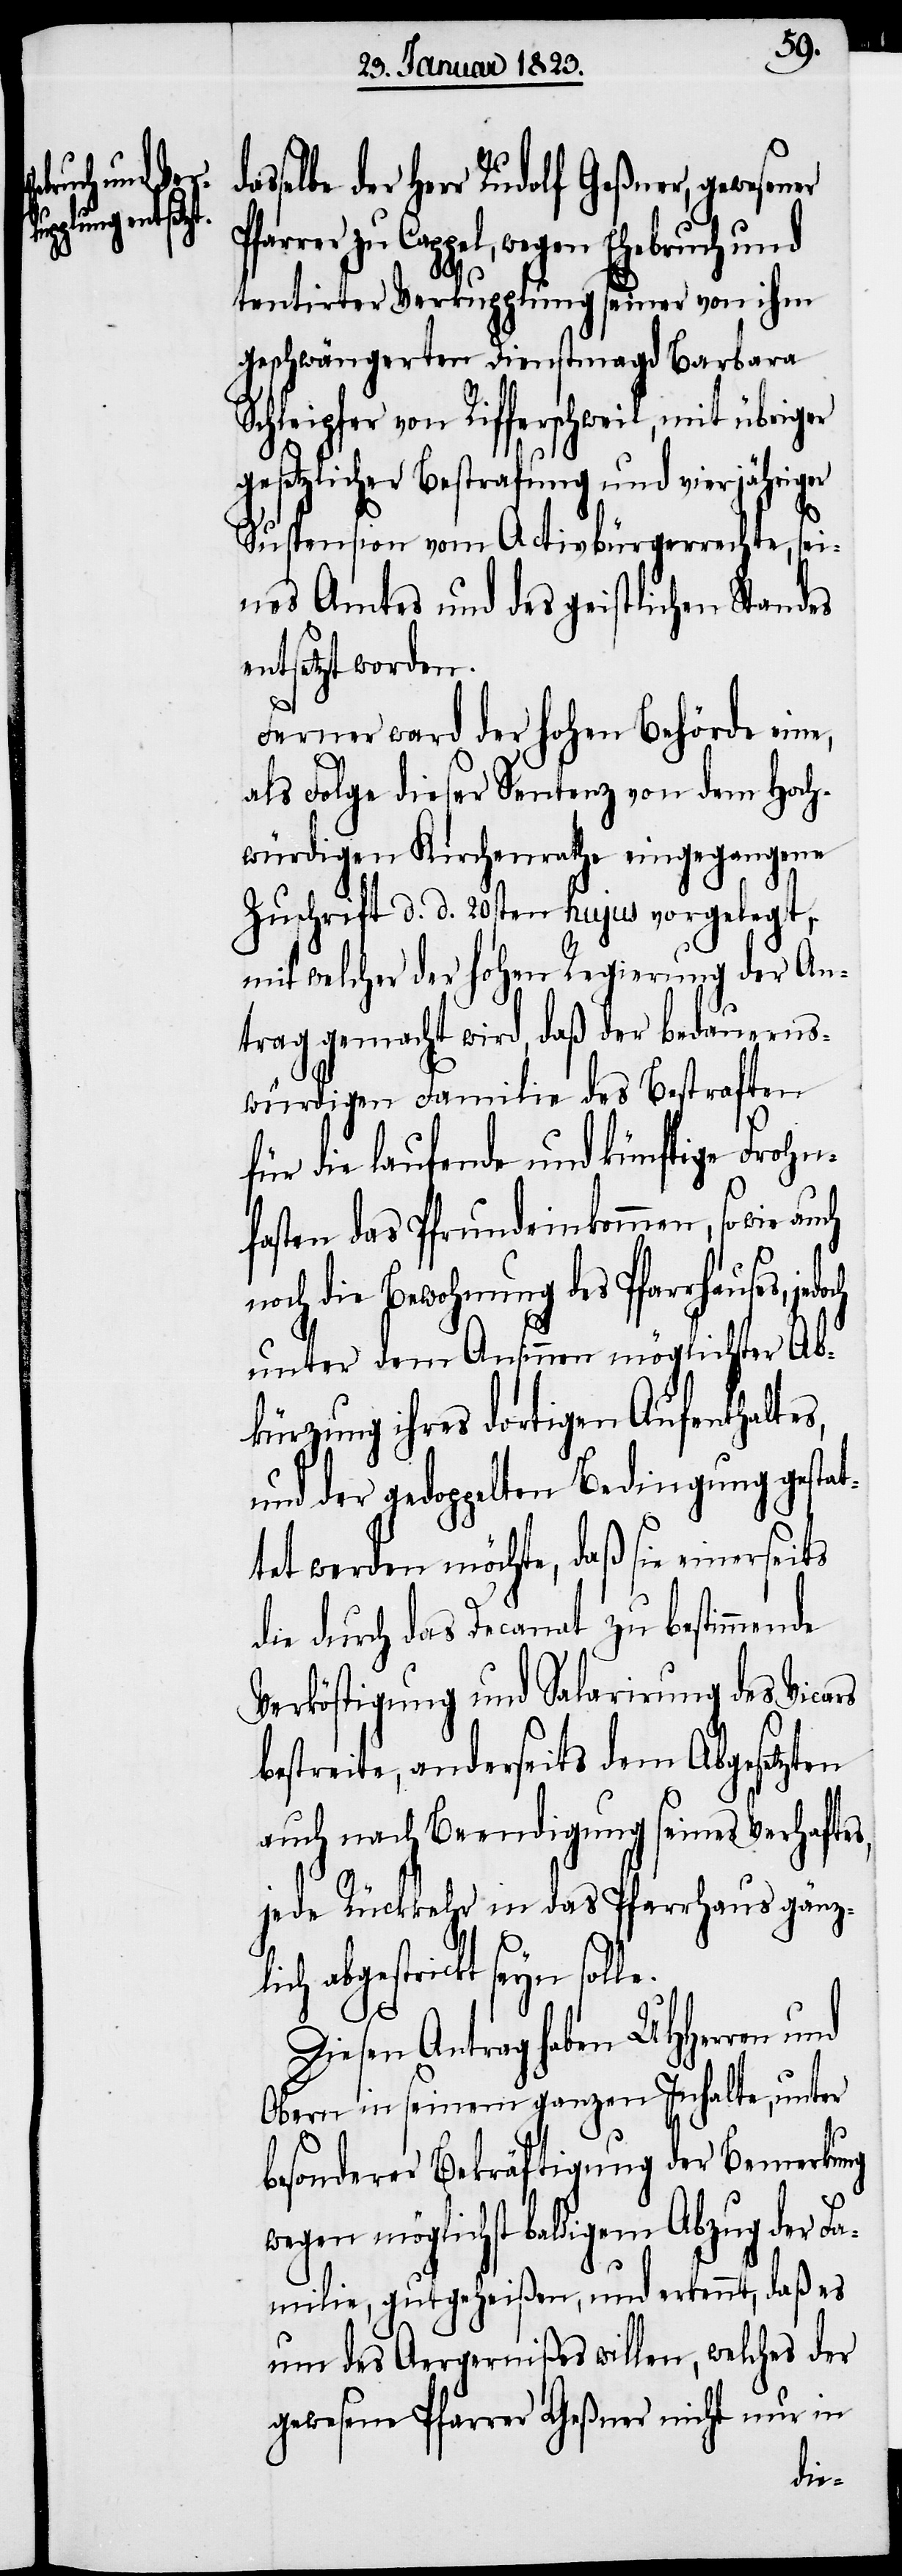
selbe der Herr Rudolf Geßner, gewesener
Cappel, wegen Ehebruch und
tentirter Verkupplung seiner von ihm
geschwängerten Dienstmagd Barbara
Schleipfer von Rifferschweil, mit übriger
gesetzlicher Bestrafung und vierjährig¬
Suspension vom Activbürgerrechte, sei¬
nes Amtes und des geistlichen Standes
entsetzt worden.
e.
Ferner ward der hohen Behörde eine,
als Folge dieser Sentenz von dem Hoch¬
würdigen Kirchenrathe eingegangene
Zuschrift d. d. 20sten hujus vorgelegt,
mit welcher der hohen Regierung der An¬
trag gemacht wird, daß der bedauerns¬
würdigen Familie des Bestraften
für die laufende und künftige Frohn¬
fasten das Pfrundeinkommen, sowie auch
noch die Bewohnung des Pfarrhauses,
unter dem Ansinnen möglichster Ab¬
kürzung ihres dortigen Aufenthaltes,
und der gedoppelten Bedingung gestat¬
tet werden möchte, daß sie einerseits
die durch das Decanat zu bestimmende
Verköstigung und Salarirung des Vicars
bestreite, anderseits dem Abgesetzten
auch nach Beendigung seines Verhafte¬
jede Rückkehr in das Pfarrhaus gänzli¬
ch abgestrickt seyn soll¬
Diesen Antrag haben UHHerren und
Obern in seinem ganzen Inhalte, unter
besonderer Bekräftigung der Bemerkung
möglichst baldigem Abzug der
Familie, gutgeheißen, und erkennt, daß es
um des Aergernißes willen, welches der
gewesene Pfarrer Geßner nicht nur in
das¬